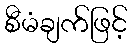
စီမံချက်ဖြင့်